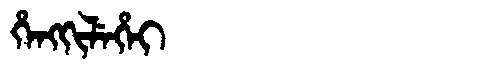
Manchu: ᡥᡝᠩᡴᡳᠯᡝᡥᡝᡳ
Romanization: HENGKILEHEI